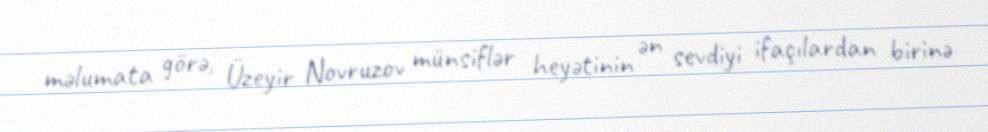
məlumata görə, Üzeyir Novruzov münsiflər heyətinin ən sevdiyi ifaçılardan birinə